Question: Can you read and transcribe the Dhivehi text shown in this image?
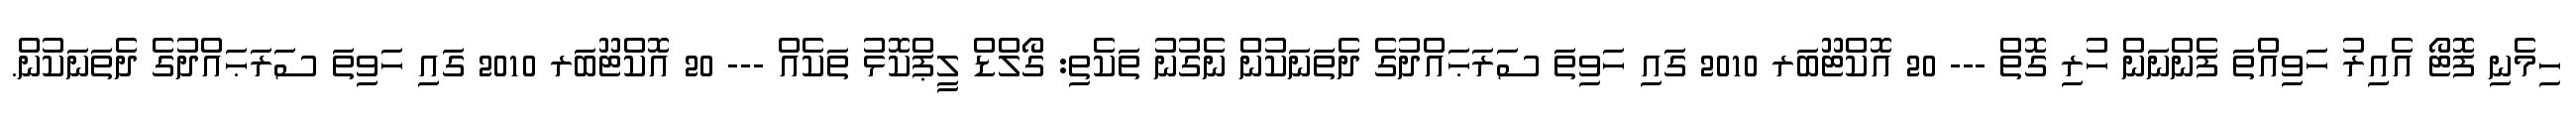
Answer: ހިމެނި ފޮޓޯ އެއިރު ހަވިއްތަ ފެންނަން ހުރި ގޮތް --- 20 އޮކްޓޫބަރ 2010 ގައި ހަވިތަ ސަރަޙައްދުގެ ދެތަނަކުން ނެގުނު ތަކެތި: ގޯލްޑް ލީޕްކޮޅު ތަކެއް --- 20 އޮކްޓޫބަރ 2010 ގައި ހަވިތަ ސަރަޙައްދުގެ ދެތަނަކުން.